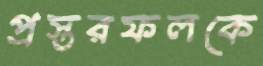
প্রস্তরফলকে